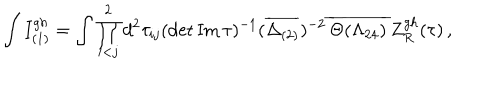
\int I _ { ( 1 ) } ^ { g h } = \int \prod _ { i < j } ^ { 2 } d ^ { 2 } \tau _ { i j } ( \det { \mathrm { I m \, } \tau } ) ^ { - 1 } ( \overline { { { \Delta _ { ( 2 ) } } } } ) ^ { - 2 } \, \overline { { { \Theta ( \Lambda _ { 2 4 } ) } } } \, Z _ { R } ^ { g h } ( \tau ) \, ,